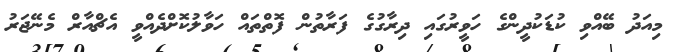
މިއަދު ބޭއްވި ކުޑަކުދީންގެ ހަވީރުގައި ދިރާގުގެ ފަރާތުން ފޮތްތައް ހަވާލުކޮށްދެއްވީ އެޗްއާރް މެނޭޖަރު